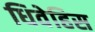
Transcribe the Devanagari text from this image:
धिवेहिस